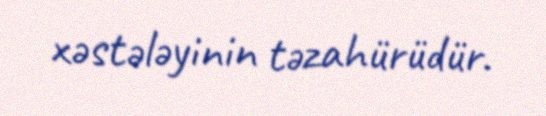
xəstələyinin təzahürüdür.